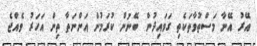
އޭރު އޭނާ މަސްތުވާތަކެތި ގަވައިދުން ބޭނުން ކުރަމުން އަންނަތާ ތިން އަހަރު ވެއްޖެ